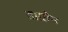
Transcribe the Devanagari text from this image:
डाग्रोन